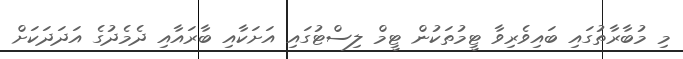
މި މުބާރާތުގައި ބައިވެރިވާ ޓީމުތަކުން ޓީމް ލިސްޓުގައި އަށަކާއި ބާރައާއި ދެމެދުގެ އަދަދަކަށް